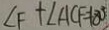
\angle F + \angle A C F = 1 8 0 ^ { \circ }